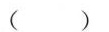
( )